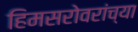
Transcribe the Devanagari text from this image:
हिमसरोवरांच्या